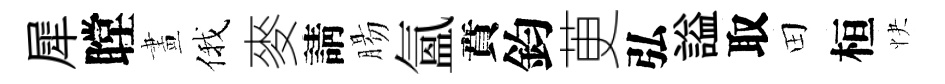
犀瞠畫俄麥請腸氳賁鈞茰弘謚取田桓快